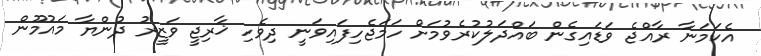
އެކަމަނާ ރާއްޖެ ވަޑައިގެން ބައްދަލުކުރެވުމަށް ހަމަޖެހިފައިވަނީ ދިވެހި ޚާރިޖީ ވަޒީރު ދުންޔާ މައުމޫން